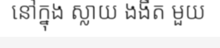
នៅក្នុង ស្លាយ ងងឹត មួយ